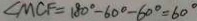
\angle M C F = 1 8 0 ^ { \circ } - 6 0 ^ { \circ } - 6 0 ^ { \circ } = 6 0 ^ { \circ }